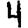
Digit: 4